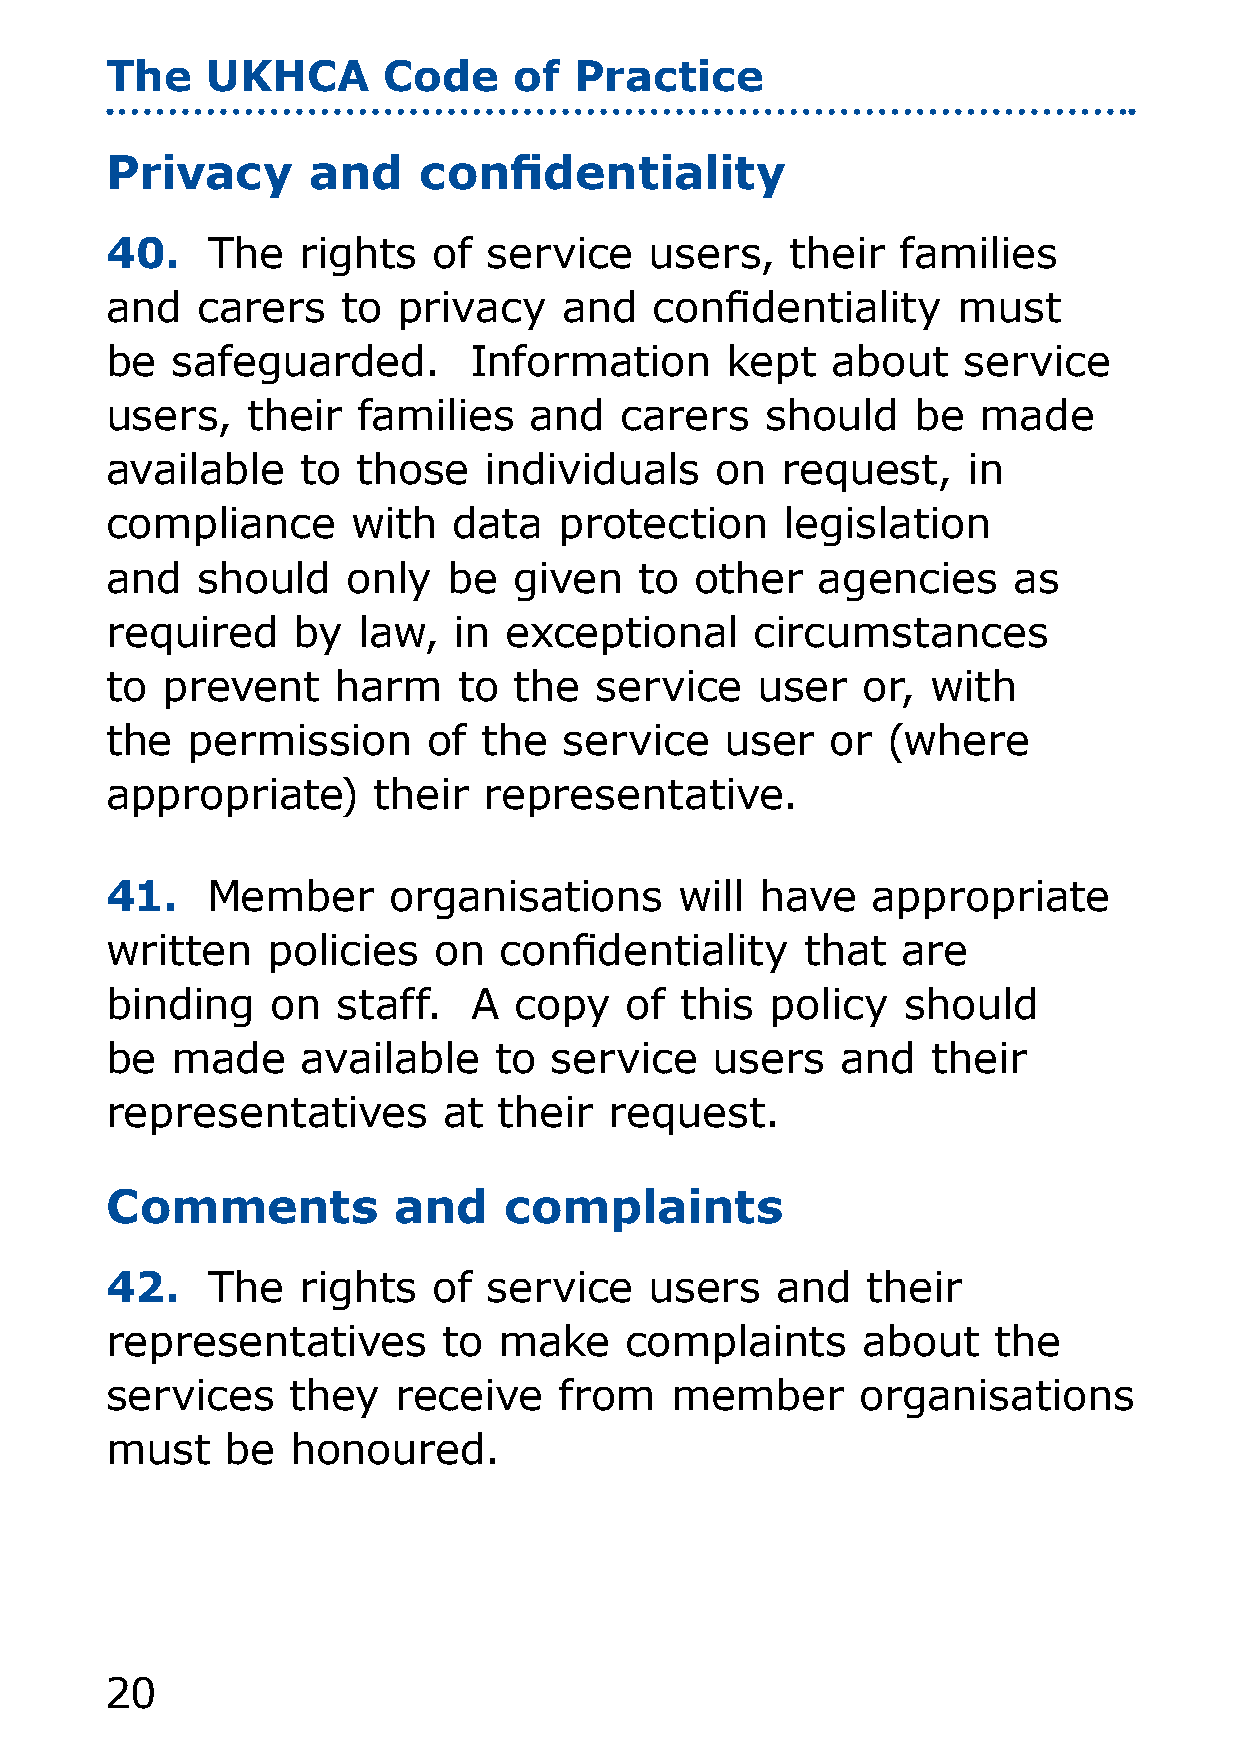
The    UKHCA      Code     of  Practice
 Privacy      and     confidentiality
 40.    The   rights   of service    users,   their   families
 and   carers    to privacy    and   confidentiality     must
 be  safeguarded.        Information      kept   about    service
 users,   their   families   and   carers    should    be  made
 available    to  those   individuals    on   request,    in
 compliance      with   data   protection     legislation
 and   should    only   be  given   to  other   agencies     as
 required    by   law,  in exceptional      circumstances
 to  prevent    harm    to  the  service    user   or,  with
 the  permission      of  the  service    user   or  (where
 appropriate)      their  representative.
 41.    Member      organisations      will have    appropriate
 written    policies   on  confidentiality     that   are
 binding    on  staff.   A  copy   of  this  policy   should
 be  made     available    to service    users    and   their
 representatives       at  their  request.
 Comments           and    complaints
 42.    The   rights   of service    users   and   their
 representatives       to  make    complaints      about    the
 services    they   receive    from   member       organisations
 must    be  honoured.
 0